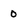
Character: 0